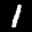
Label: 1